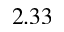
2 . 3 3